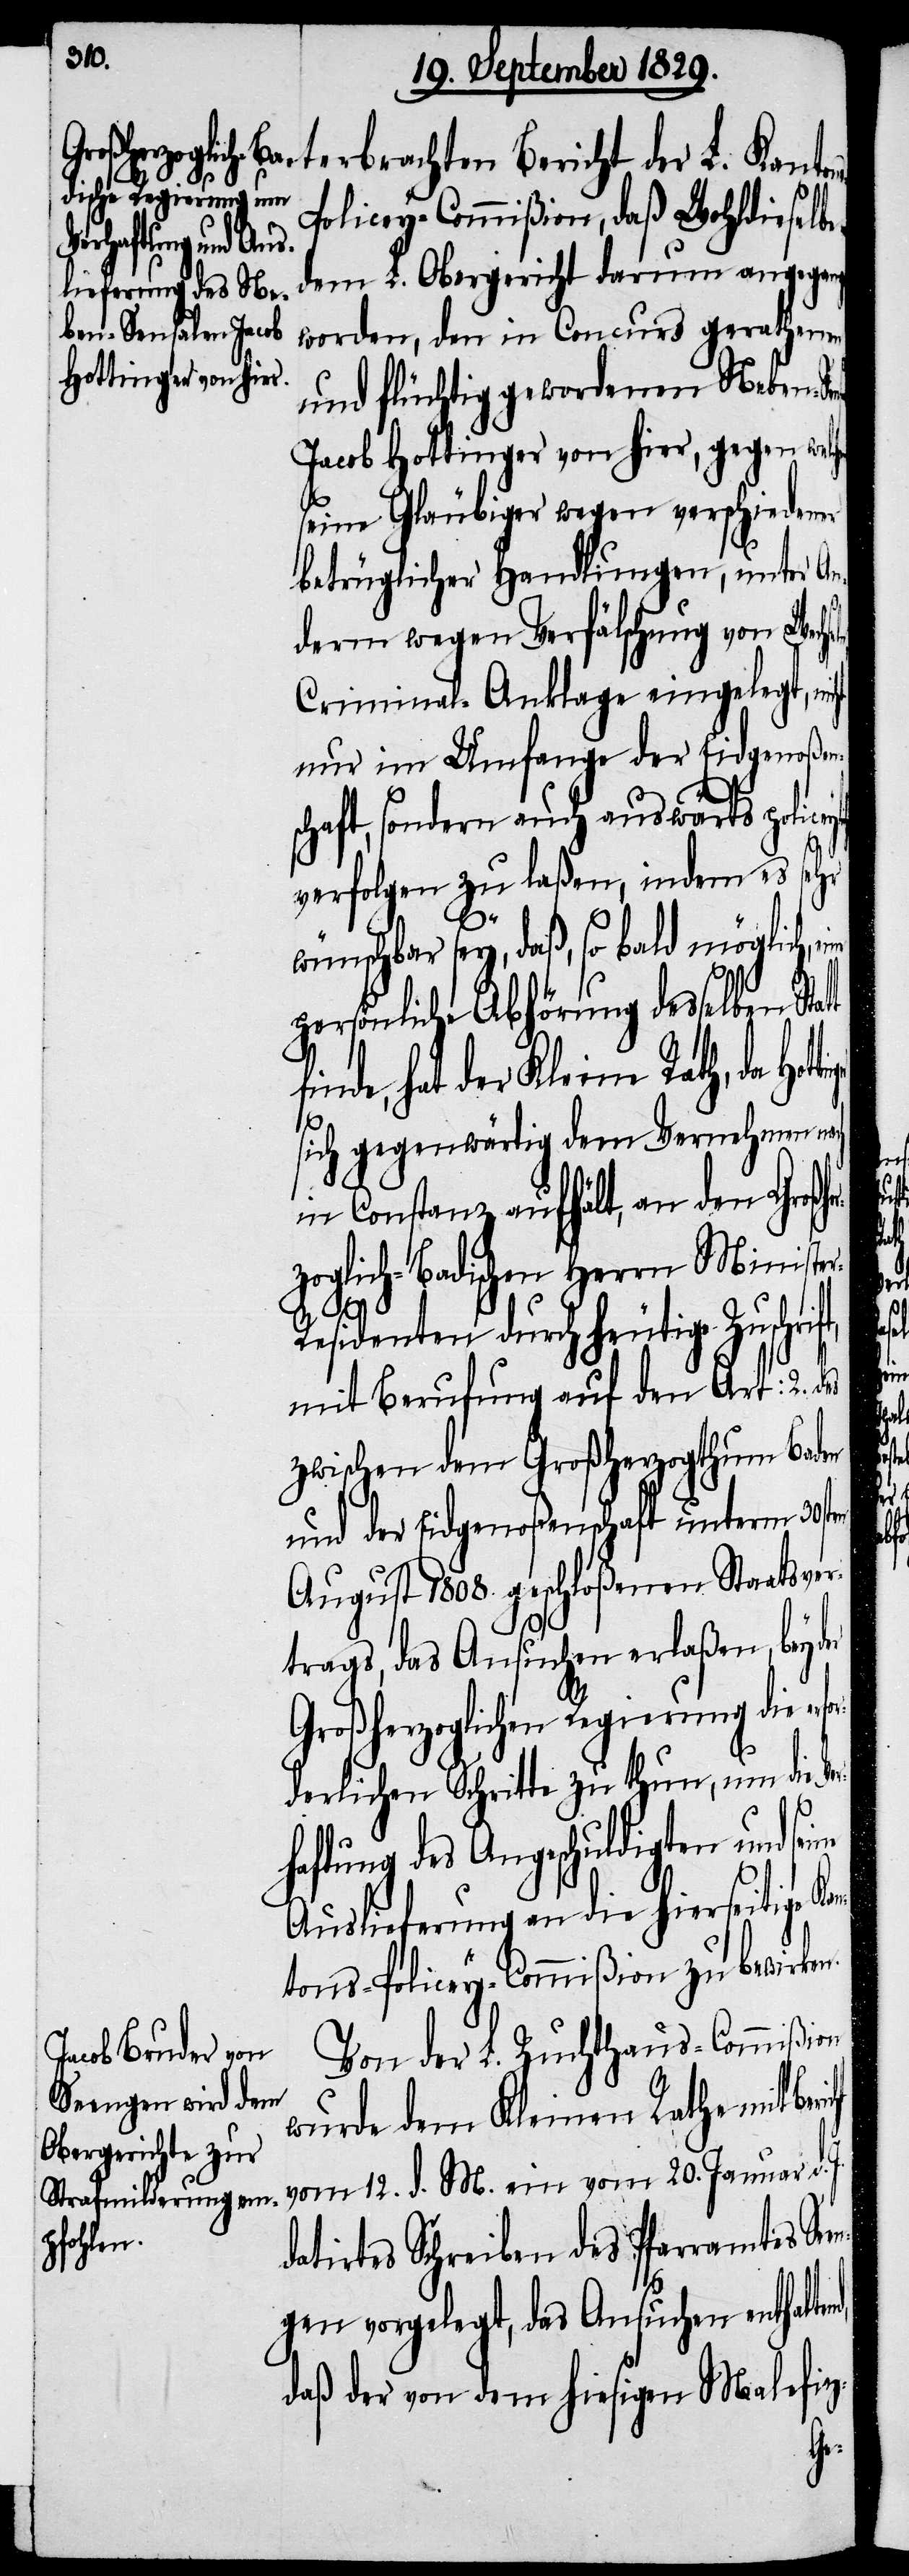
terbrachten Bericht der L. Kanto¬
olicey-Commißion, daß Wohldieselbe
dem L. Obergericht darum angegan¬
worden, den in Concurs gerathenen
und flüchtig gewordenen Neben-Se¬
Jacob Hottinger von hier, gegen we¬
seine Gläubiger wegen verschiedener
betrüglicher Handlungen, unter An¬
derm wegen Verfälschung von Wech¬
Criminal-Anklage eingelegt,
nur im Umfange der Eidgenoßen¬
schaft, sondern auch auswärts policey¬
verfolgen zu laßen, indem es sehr
wünschbar sey, daß, so bald möglich,
persönliche Abhörung desselben Sta¬
inde, hat der Kleine Rath, da
sich gegenwärtig dem Vernehmen nach
in Constanz aufhält, an den Großhe¬
rzoglich-Badischen Herrn Ministe¬
esidenten durch heutige Zuschri¬
mit Berufung auf den Art: 2.
zwischen dem Großherzogthum Baden
und der Eidgenoßenschaft unterm 30sten
August 1808. geschloßenen Staatsver¬
nd,
trags, das Ansuchen erlaßen, bey
Großherzoglichen Regierung die
derlichen Schritte zu thun, um die V¬
haftung des Angeschuldigten und
Auslieferung an die hierseitige Ka¬
ntons-Policey-Commißion zu bewirken.
Von der L. Zuchthaus-Commißion
wurde dem Kleinen Rathe mit Ber¬
vom 12. d. M. ein vom 20. Januar d.
lchen
datirtes Schreiben des Pfarramtes Se¬
gen vorgelegt, das Ansuchen enthalte¬
daß der von dem hiesigen Malefiz-
en¬